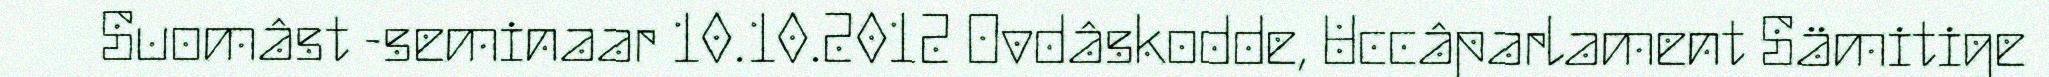
Suomâst -seminaar 10.10.2012 Ovdâskodde, Uccâparlament Sämitige